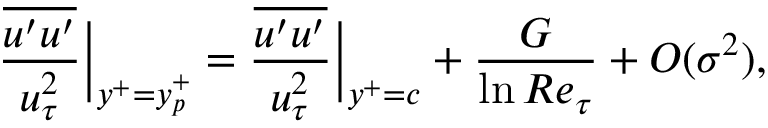
\frac { \overline { { u ^ { \prime } u ^ { \prime } } } } { u _ { \tau } ^ { 2 } } \Big | _ { y ^ { + } = y _ { p } ^ { + } } = \frac { \overline { { u ^ { \prime } u ^ { \prime } } } } { u _ { \tau } ^ { 2 } } \Big | _ { y ^ { + } = c } + \frac { G } { \ln R e _ { \tau } } + O ( \sigma ^ { 2 } ) ,